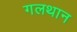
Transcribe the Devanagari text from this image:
गलथान